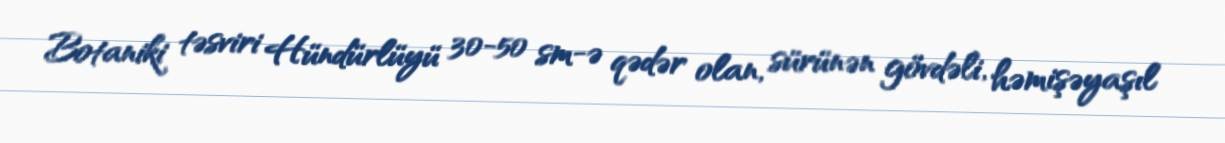
Botaniki təsviri Hündürlüyü 30-50 sm-ə qədər olan, sürünən gövdəli, həmişəyaşıl